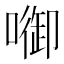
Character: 𭊷